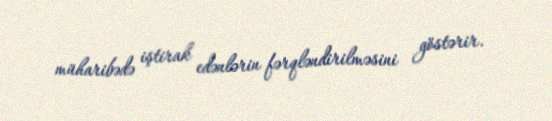
müharibədə iştirak edənlərin fərqləndirilməsini göstərir.